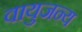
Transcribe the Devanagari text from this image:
वायुजन्य